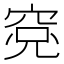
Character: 𱶾